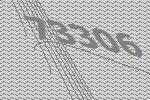
73306